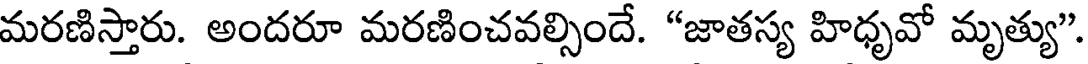
మరణిస్తారు. అందరూ మరణించవల్సిందే. "జాతస్య హిధృవో మృత్యు"